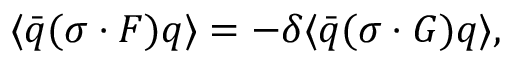
\langle \bar { q } ( \sigma \cdot F ) q \rangle = - \delta \langle \bar { q } ( \sigma \cdot G ) q \rangle ,